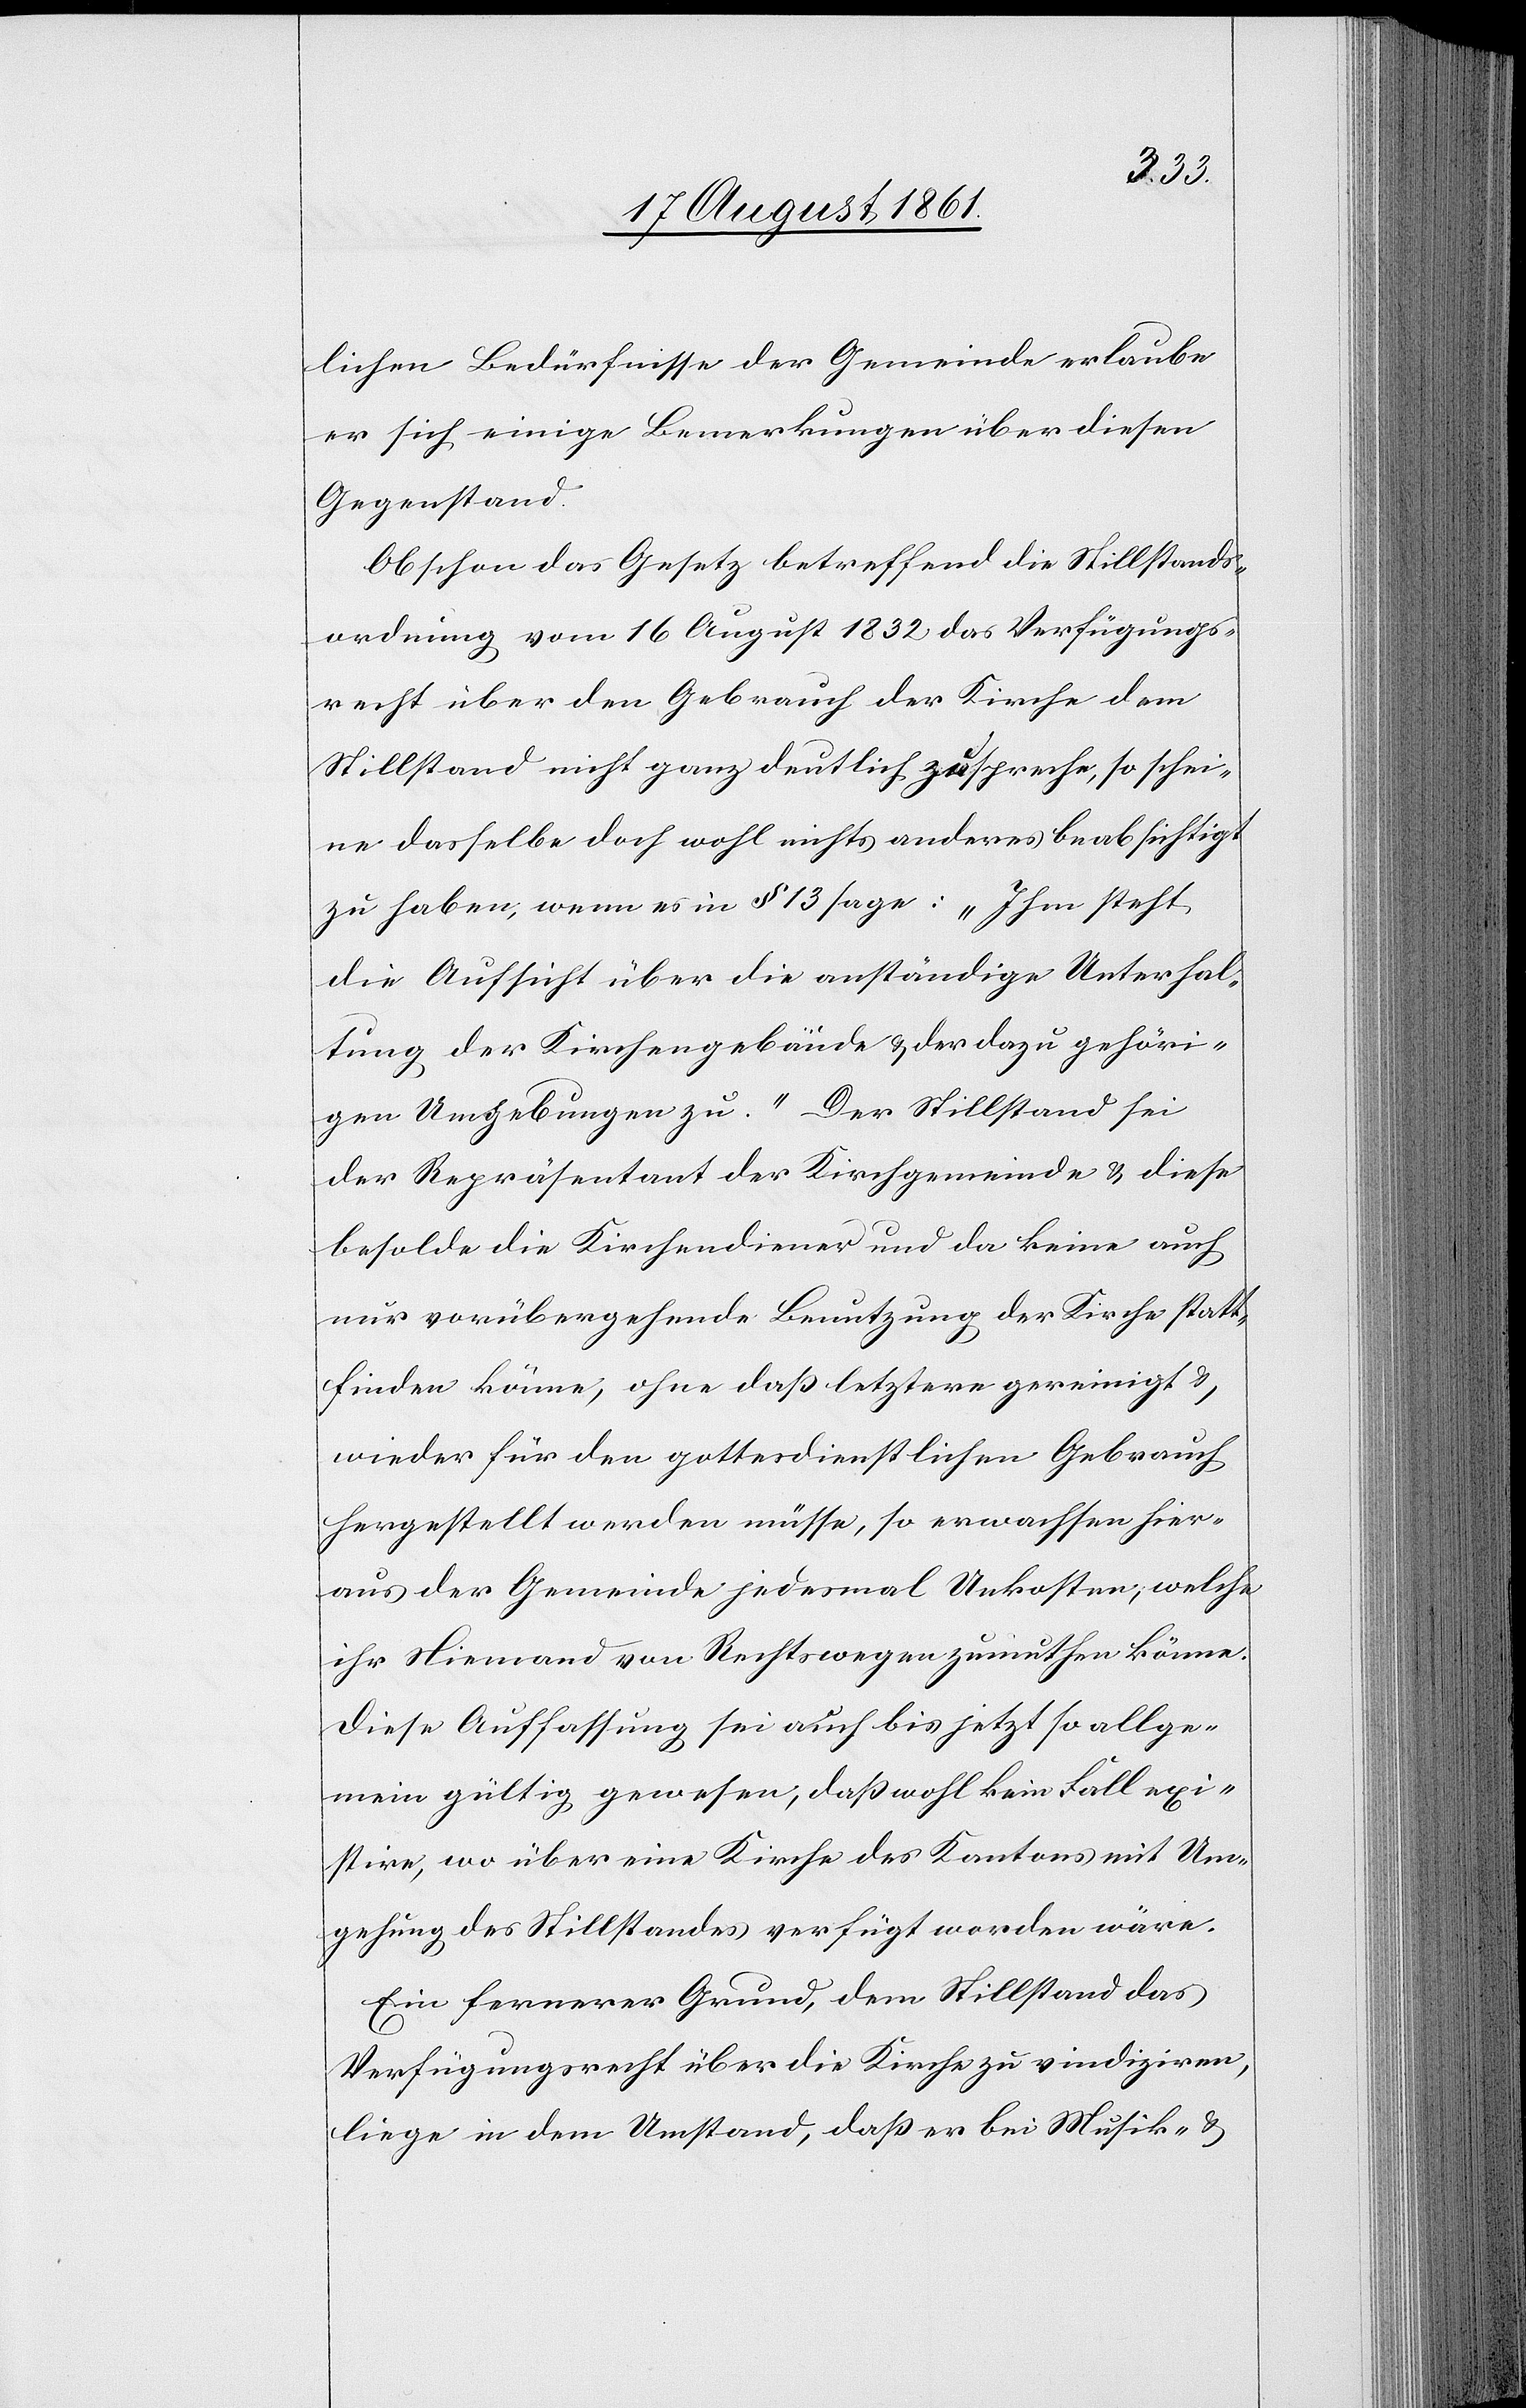
lichen Bedürfnisse der Gemeinde erlaube
er sich einige Bemerkungen über diesen
Gegenstand.
Obschon das Gesetz betreffend die Stillstands¬
ordnung vom 16 August 1832 das Verfügungs¬
recht über den Gebrauch der Kirche dem
Stillstand nicht ganz deutlich zuspreche, so schei¬
ne dasselbe doch wohl nichts anderes beabsichtigt
zu haben, wenn es in § 13 sage: „Ihm steht
die Aufsicht über die anständige Unterhal¬
tung der Kirchengebäude u. der dazu gehöri¬
gen Umgebungen zu.“ Der Stillstand sei
der Repräsentant der Kirchgemeinde u. diese
besolde die Kirchendiener und da keine auch
nur vorübergehende Benutzung der Kirche statt¬
finden könne, ohne daß letztere gereinigt u.
wieder für den gottesdienstlichen Gebrauch
hergestellt werden müsse, so erwachsen hier¬
aus der Gemeinde jedesmal Unkosten, welche
ihr Niemand von Rechtswegen zumuthen könne.
Diese Auffassung sei auch bis jetzt so allge¬
mein gültig gewesen, daß wohl kein Fall exi¬
stire, wo über eine Kirche des Kantons mit Um¬
gehung des Stillstandes verfügt worden wäre.
Ein fernerer Grund, dem Stillstand das
Verfügungsrecht über die Kirche zu vindiziren,
liege in dem Umstand, daß er bei Musik- u.